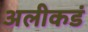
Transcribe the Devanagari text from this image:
अलीकडं